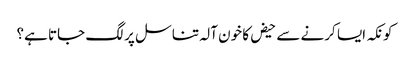
کونکہ ایسا کرنے سے حیض کا خون آلہ تناسل پر لگ جاتا ہے؟